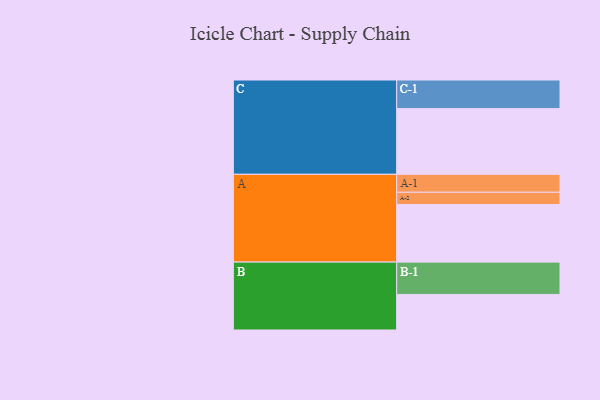
{"axis": {"x": "Segment", "y": "Value"}, "legend": ["", "A", "B", "C"], "data": [{"x": "A", "y": 497, "type": ""}, {"x": "B", "y": 307, "type": ""}, {"x": "C", "y": 567, "type": ""}, {"x": "A-1", "y": 155, "type": "A"}, {"x": "A-2", "y": 106, "type": "A"}, {"x": "B-1", "y": 279, "type": "B"}, {"x": "C-1", "y": 247, "type": "C"}]}